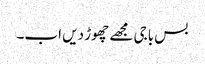
بس باجی مجھے چھوڑ دیں اب۔